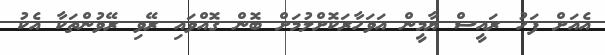
އެއަށް ފަހު ރައީސް ޔާމީން އަވަހާރަކޮށްލުމަށް ބޮން ގޮއްވައި ރޭވި ރޭވުންތަކާ އެކު